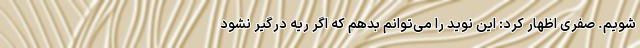
شویم. صفری اظهار کرد: این نوید را می‌توانم بدهم که اگر ریه درگیر نشود